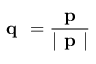
\textbf { q } = \frac { \textbf { p } } { | \textbf { p } | }